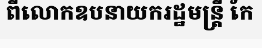
ពីលោកឧបនាយករដ្ឋមន្ត្រី កែ